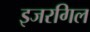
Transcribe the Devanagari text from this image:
इजरगिल